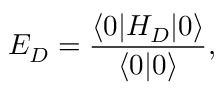
E _ { D } = \frac { \langle 0 | H _ { D } | 0 \rangle } { \langle 0 | 0 \rangle } ,